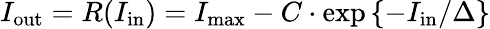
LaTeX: I_{\mathrm{out}}=R(I_{\mathrm{in}})=I_{\operatorname*{max}}-C\cdot\exp\left\{ -I_{\mathrm{in}}/\Delta\right\}